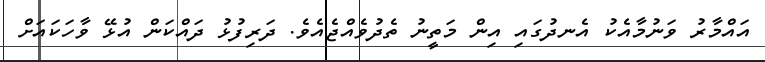
އައްމާރު ވަނުމާއެކު އެނދުގައި އިން މަތީނު ތެދުވެއްޖެއެވެ. ދަރިފުޅު ދައްކަން އުޅޭ ވާހަކައަށް